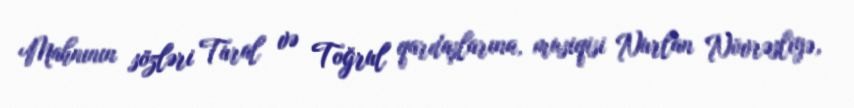
Mahnının sözləri Tural və Toğrul qardaşlarına, musiqisi Nurlan Növrəsliyə,